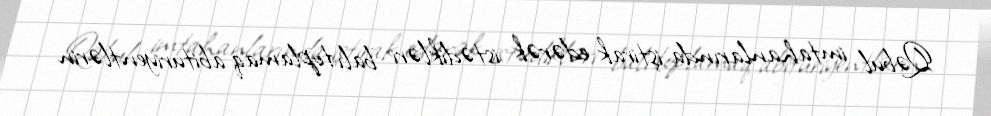
Qəbul imtahanlarında iştirak edərək istədikləri balı toplamaq abituriyentlərin